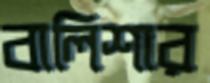
বালিশার